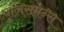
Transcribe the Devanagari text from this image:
पुलिसमेन्स